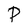
Character: P